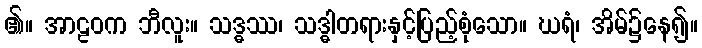
၏။ အာဠဝက ဘီလူး။ သဒ္ဓဿ၊ သဒ္ဓါတရားနှင့်ပြည့်စုံသော။ ဃရံ၊ အိမ်၌နေ၍။